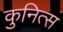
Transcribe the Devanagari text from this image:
कुनित्स